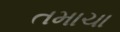
તમાચા